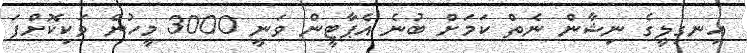
އިނގިލީގެ ނިޝާން ނެތް ކަމަށް ބުނެ އެޕާޓީން ވަނީ 3000 މީހުން ވަކިކޮށްފަ